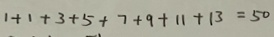
1 + 1 + 3 + 5 + 7 + 9 + 1 1 + 1 3 = 5 0